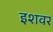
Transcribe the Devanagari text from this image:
इशवर